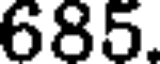
685.